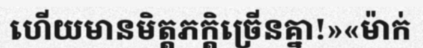
ហើយមានមិត្តភក្តិច្រើនគ្នា!»«ម៉ាក់